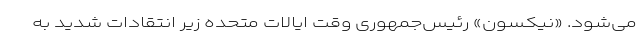
می‌شود. «نیکسون» رئیس‌جمهوری وقت ایالات متحده زیر انتقادات شدید به